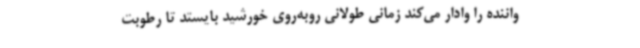
واننده را وادار می‌کند زمانی طولانی روبه‌روی خورشید بایستد تا رطوبت